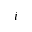
i